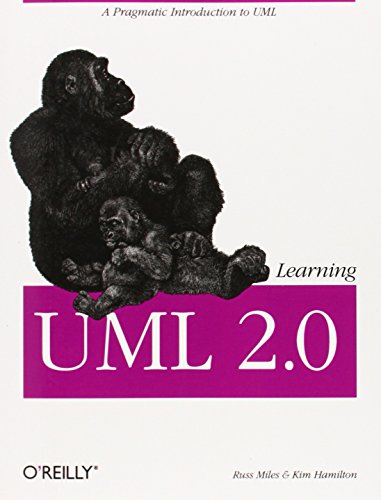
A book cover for Learning UML 2.0; Russ Miles; Computers & Technology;